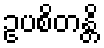
ဥပစိတန္တိ